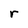
Character: r